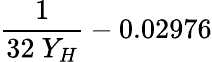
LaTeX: \frac{1}{32\ Y_{H}}-0.02976